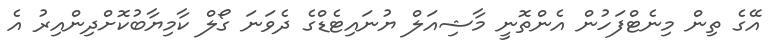
އޭގެ ތިން މިނެޓްފަހުން އެންތޮނީ މާޝިއަލް ޔުނައިޓެޑްގެ ދެވަނަ ގޯލް ކާމިޔާބުކޮށްދިންއިރު އެ